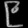
Digit: ၉